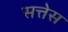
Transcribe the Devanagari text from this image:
सत्तेस